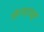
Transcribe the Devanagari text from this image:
जीपगाड्यांतून